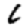
Digit: 6